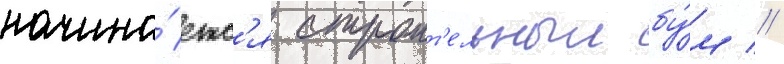
начина́етс'я строит'ельныи бу́м //